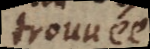
trouuée